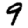
Digit: 9